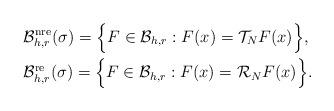
LaTeX: \begin{align*}&\mathcal{B}^{\rm nre}_{h,r}(\sigma)= \Big\{F\in \mathcal{B}_{h,r}:F(x)=\mathcal{T}_{N}F(x)\Big\},\\&\mathcal{B}^{\rm re}_{h,r}(\sigma) = \Big\{F\in \mathcal{B}_{h,r}:F(x)=\mathcal{R}_{N}F(x)\Big\}.\end{align*}